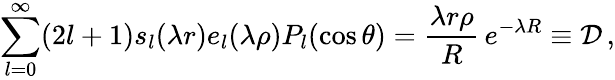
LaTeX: \sum_{l=0}^{\infty}(2l+1)s_{l}(\lambda r)e_{l}(\lambda\rho)P_{l}(\cos\theta)=\frac{\lambda r\rho}{R}\, e^{-\lambda R}\equiv{\cal D}\, ,